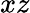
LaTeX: xz